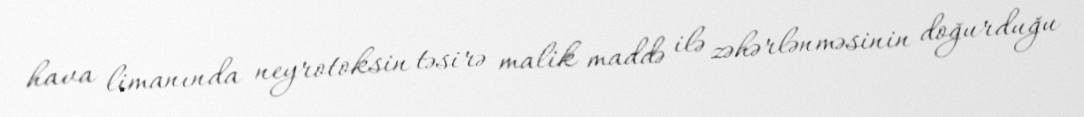
hava limanında neyrotoksin təsirə malik maddə ilə zəhərlənməsinin doğurduğu